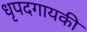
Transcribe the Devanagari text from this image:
धृपदगायकी